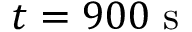
t = 9 0 0 ~ \mathrm { s }